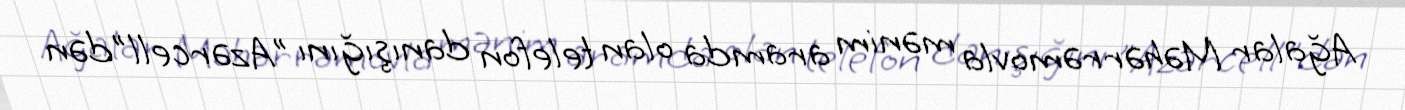
Ağalar Məhərrəmovla mənim aramda olan telefon danışığını ”Azərcell"dən